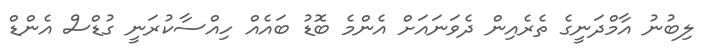
ލިބުނު އާމްދަނީގެ ތެރެއިން ދެވަނައަށް އެންމެ ބޮޑު ބައެއް ހިއްސާކުރަނީ ގުޑްސް އެންޑް